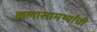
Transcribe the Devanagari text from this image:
कलासामर्थ्याची